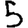
Digit: 5